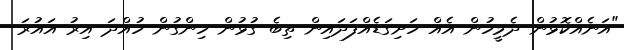
"އަނެއްކޮޅުން ދެމީހުން އެއް ހަށިގަޑެއްފަދައިން ތިބެ ގުޅުން ހިންގުން ހުއްދަ އިރު އައުރަ